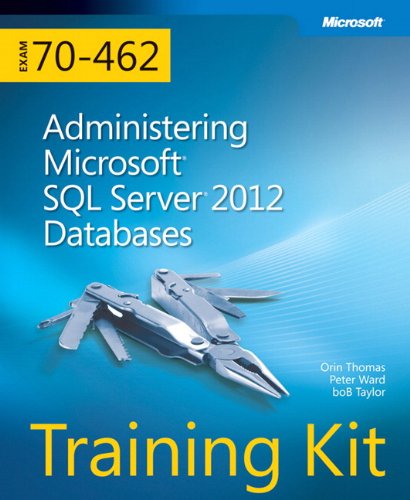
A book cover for Training Kit (Exam 70-462) Administering Microsoft SQL Server 2012 Databases (MCSA) (Microsoft Press Training Kit); Orin Thomas; Computers & Technology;